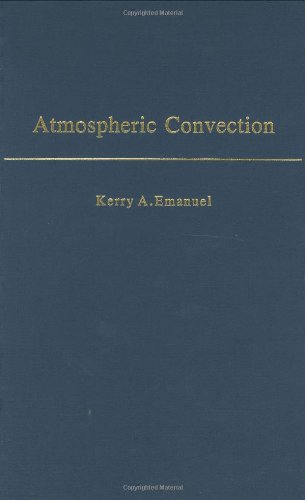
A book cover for Atmospheric Convection; Kerry A. Emanuel; Science & Math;